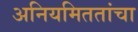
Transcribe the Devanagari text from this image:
अनियमिततांचा